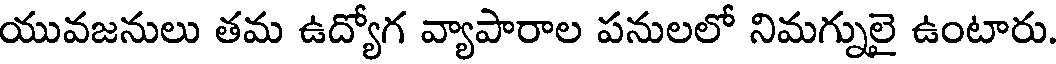
యువజనులు తమ ఉద్యోగ వ్యాపారాల పనులలో నిమగ్నులై ఉంటారు.